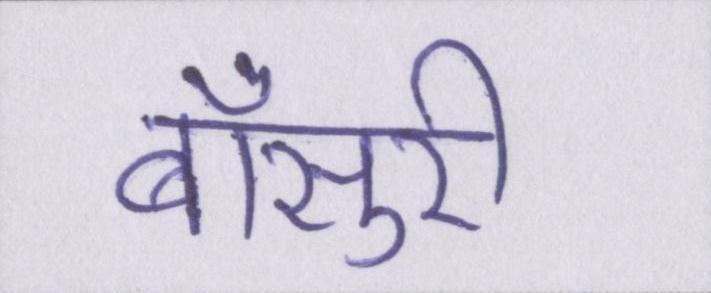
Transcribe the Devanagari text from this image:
बाँसुरी